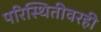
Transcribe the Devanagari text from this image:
परिस्थितीवरही